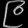
Digit: ၉